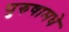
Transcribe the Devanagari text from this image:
पुरुषामधे